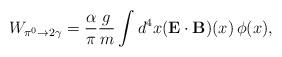
LaTeX: \begin{align*}W_{\pi^0\to 2\gamma} =\frac{\alpha}{\pi} \frac{g}{m} \int d^4x (\mathbf{E\cdot B})(x)\, \phi(x), \end{align*}